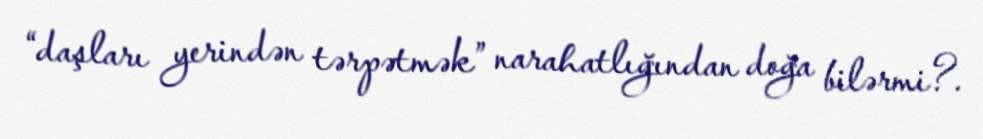
“daşları yerindən tərpətmək” narahatlığından doğa bilərmi?.